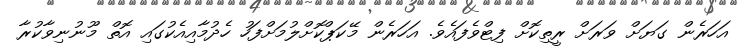
އަހަރެން ގަޔަށް ވަރަށް ރީތިކޮށް ފިޓްވެފައެވެ. އަހަރެން މޭކަޕްކޮށްލުމަށްފަހު ހެދުމާއިއެކުގައި އޮތް މޫނުނިވާކުރާ